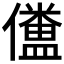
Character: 𠐹